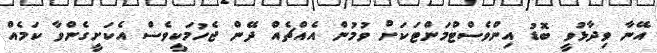
އޭނާ ވިދާޅުވީ ބޮޑު އިންވެސްޓްމަންޓަކަށް ވުމުން އެއްޗެއް ދޭން ޖެހުމަކީވެސް އެކަށީގެންވާ ކަމެއް